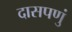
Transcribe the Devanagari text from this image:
दासपणुं